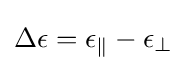
\Delta \epsilon =\epsilon _{\parallel }-\epsilon _{\bot }